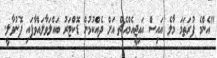
"އެންމެ ފުރަތަމަ މާލެ އައިސް އައިޖީއެމްއެޗް އަށް ދެއްކުމުން ޑޮކްޓަރު ބައްލަވާލައްވާފައި ފޮނުވާލީ.